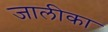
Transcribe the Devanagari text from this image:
जालीका